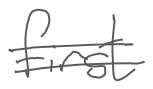
Text: first
Cross-out: double-line
Writing tool: digital_gray